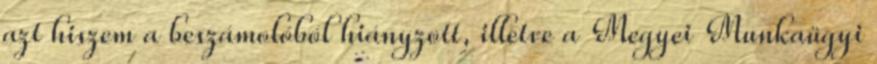
azt hiszem a beszámolóból hiányzott, illetve a Megyei Munkaügyi